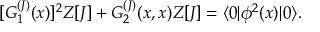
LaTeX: [ G _ { 1 } ^ { ( J ) } ( x ) ] ^ { 2 } Z [ J ] + G _ { 2 } ^ { ( J ) } ( x , x ) Z [ J ] = \langle 0 | \phi ^ { 2 } ( x ) | 0 \rangle .